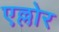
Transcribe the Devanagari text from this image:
एल्लोर